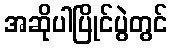
အဆိုပါပြိုင်ပွဲတွင်